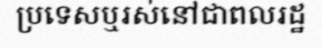
ប្រទេសឬរស់នៅជាពលរដ្ឋ